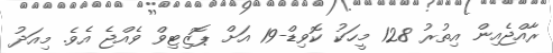
ރާއްޖެއިން އިތުރު 128 މީހަކު ކޮވިޑް-19 އަށް ޕޮޒިޓިވް ވެއްޖެ އެވެ. މިއަދު